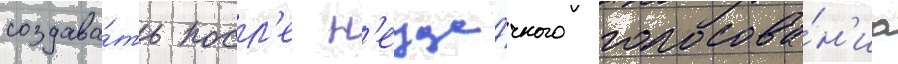
создава́ть посл'е н'еуда́чного голосова́н'иа